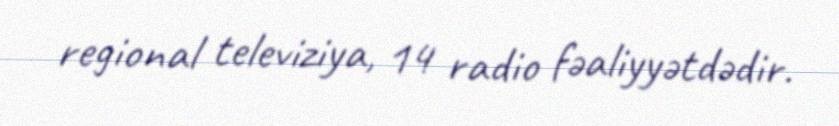
regional televiziya, 14 radio fəaliyyətdədir.